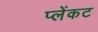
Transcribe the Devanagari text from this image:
प्लेंकट